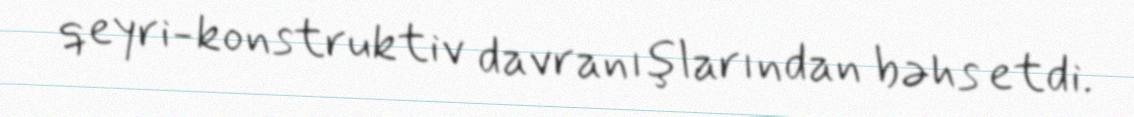
qeyri-konstruktiv davranışlarından bəhs etdi.